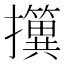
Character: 𢹢